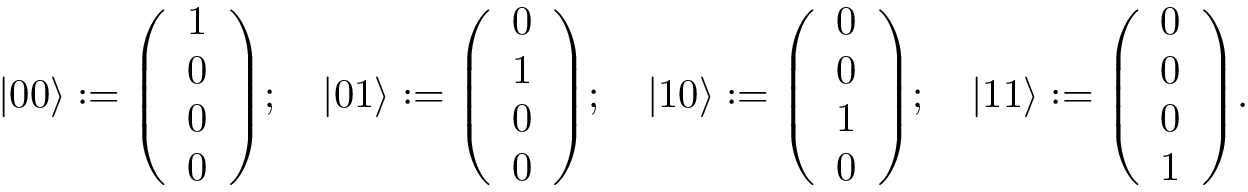
| 0 0 \rangle : = { \left( \begin{array} { l } { 1 } \\ { 0 } \\ { 0 } \\ { 0 } \end{array} \right) } ; \quad | 0 1 \rangle : = { \left( \begin{array} { l } { 0 } \\ { 1 } \\ { 0 } \\ { 0 } \end{array} \right) } ; \quad | 1 0 \rangle : = { \left( \begin{array} { l } { 0 } \\ { 0 } \\ { 1 } \\ { 0 } \end{array} \right) } ; \quad | 1 1 \rangle : = { \left( \begin{array} { l } { 0 } \\ { 0 } \\ { 0 } \\ { 1 } \end{array} \right) } .